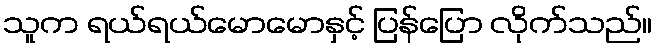
သူက ရယ်ရယ်မောမောနှင့် ပြန်ပြော လိုက်သည်။